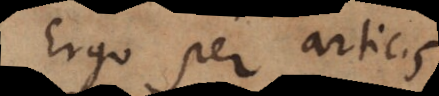
Ergo per artic.